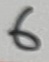
Text: 6